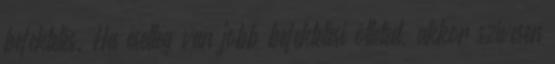
befektetés. Ha esetleg van jobb befektetési ötleted, akkor szívesen